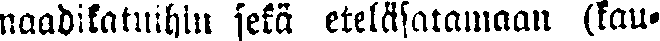
naadikatuihin sekä eteläsatamaan (kau-